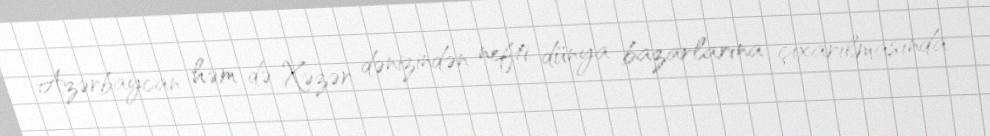
Azərbaycan həm də Xəzər dənizindən nefti dünya bazarlarına çıxarılmasında